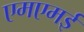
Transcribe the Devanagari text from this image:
एमएमई